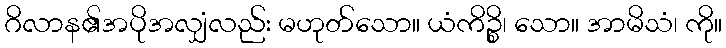
ဂိလာန၏အပိုအလျှံလည်း မဟုတ်သော။ ယံကိဉ္စိ၊ သော။ အာမိသံ၊ ကို။